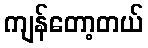
ကျန်တော့တယ်